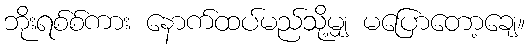
ဘိုးရစ်စ်ကား နောက်ထပ်မည်သို့မျှ မပြောတော့ချေ။